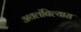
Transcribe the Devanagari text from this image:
अवलंबिल्यास